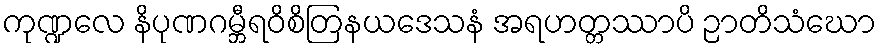
ကုဏ္ဍလေ နိပုဏဂမ္ဘီရဝိစိတြနယဒေသနံ အရဟတ္တဿာပိ ဉာတိသံဃော